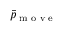
\bar { p } \textsubscript { m o v e }